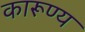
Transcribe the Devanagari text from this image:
कारूण्य